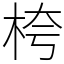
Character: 桍